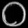
Digit: ၀